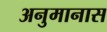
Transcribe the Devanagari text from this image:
अनुमानास